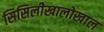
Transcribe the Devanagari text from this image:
सिसिलीखालोखाल